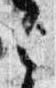
之